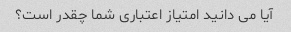
آیا می دانید امتیاز اعتباری شما چقدر است؟